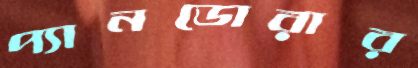
প্যানডোরার